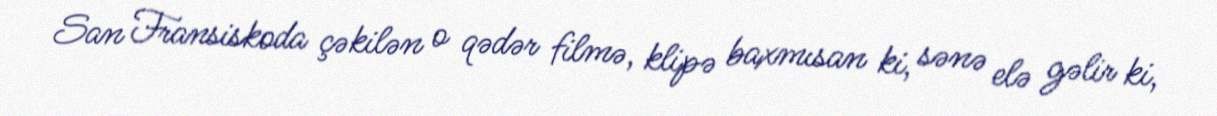
San Fransiskoda çəkilən o qədər filmə, klipə baxmısan ki, sənə elə gəlir ki,